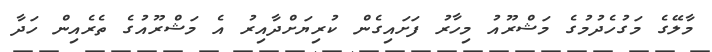
މާލޭގެ މަގުހެދުމުގެ މަޝްރޫއު މިހާރު ފަށައިގެން ކުރިޔަށްދާއިރު އެ މަޝްރޫއުގެ ތެރެއިން ހަދާ